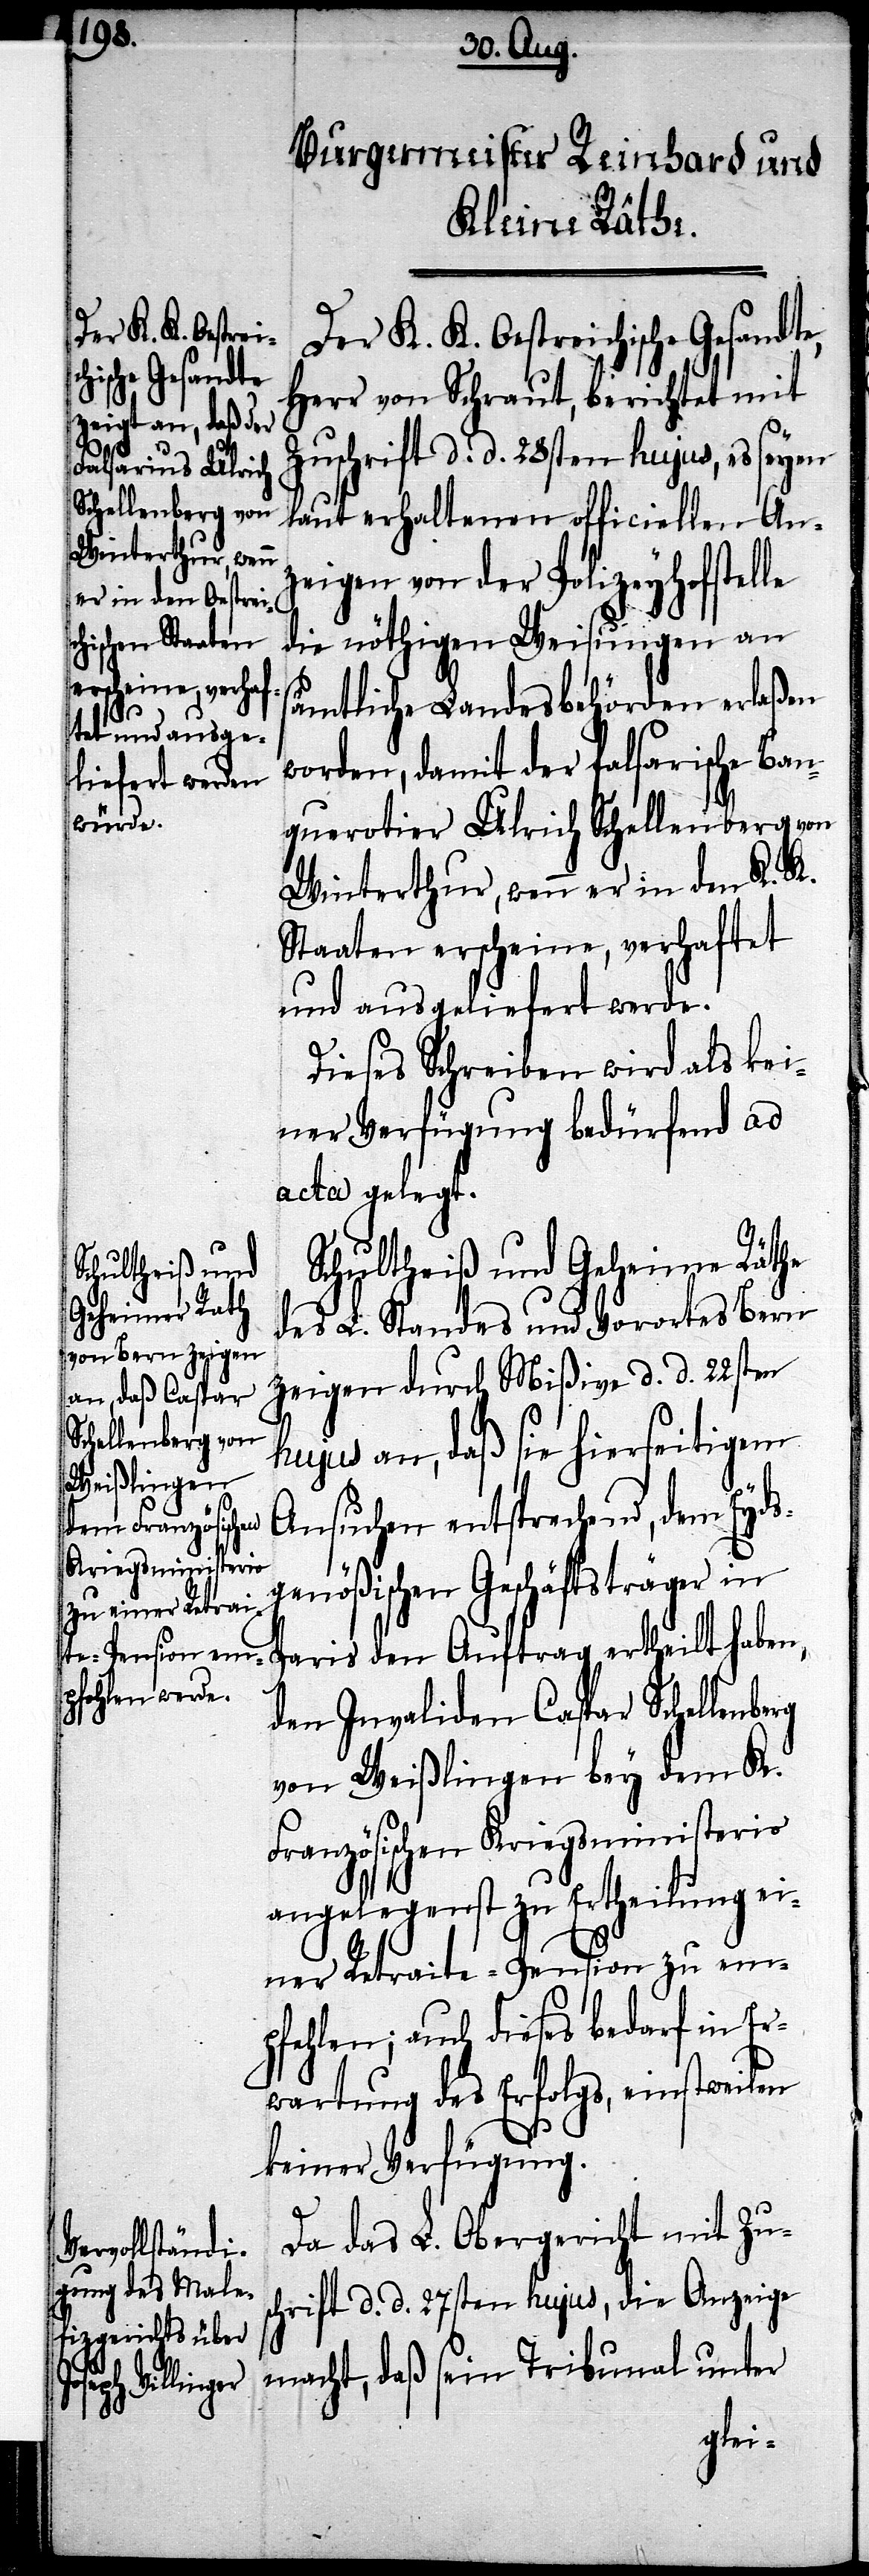
Der K. K. Oestreichische Gesandte,
Herr von Schraut, berichtet mit
Zuschrift d. d. 28sten hujus, es seyen
laut erhaltenen officiellen Anz¬
eigen von der Polizeyhofstelle
die nöthigen Weisungen an
sämtliche Landesbehörden erlaßen
worden, damit der falsarische Ban¬
querotier Ulrich Schellenberg von
Winterthur, wenn er in den K. K.
Staaten erscheine, verhaftet
und ausgeliefert werde.
Dieses Schreiben wird als kei¬
ner Verfügung bedürfend ad
acta gelegt.
Schultheiß und Geheime Räthe
des L. Standes und Vorortes Bern
zeigen durch Mißive d. d. 22sten
hujus an, daß sie hierseitigem
Ansuchen entsprechend, dem Eyds¬
genößischen Geschäftsträger in
Paris den Auftrag ertheilt haben,
den Invaliden Caspar Schellenbe¬
von Weißlingen bey dem K.
Französischen Kriegsministerio
angelegenst zu Ertheilung ei¬
ner Retraite-Pension zu em¬
pfehlen; auch dieses bedarf in Er¬
wartung des Erfolgs, einstweilen
rg
keiner Verfügung.
Da das L. Obergericht mit Zus¬
chrift d. d. 27sten hujus, die Anzeige
macht, daß sein Tribunal unter